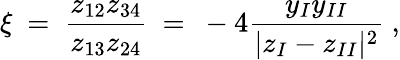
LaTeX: \xi\ =\ \frac{z_{12}z_{34}}{z_{13}z_{24}}\ =\ -4\frac{y_{I}y_{II}}{|z_{I}-z_{II}|^{2}}\ ,